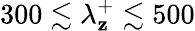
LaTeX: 300\lesssim\lambda_{\mathbf{z}}^{+}\lesssim500